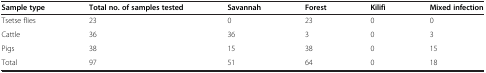
| Sample type | Total no. of samples tested | Savannah | Forest | Kilifi | Mixed infection |
 | --- | --- | --- | --- | --- | --- |
 | Tsetse flies | 23 | 0 | 23 | 0 | 0 |
 | Cattle | 36 | 36 | 3 | 0 | 3 |
 | Pigs | 38 | 15 | 38 | 0 | 15 |
 | Total | 97 | 51 | 64 | 0 | 18 |